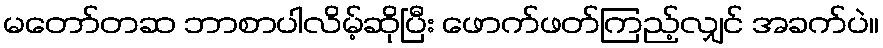
မတော်တဆ ဘာစာပါလိမ့်ဆိုပြီး ဖောက်ဖတ်ကြည့်လျှင် အခက်ပဲ။